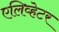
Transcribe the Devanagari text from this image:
एलिव्हेटर